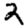
Digit: 2